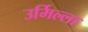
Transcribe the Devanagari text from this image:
उर्मिल्ला